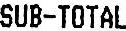
SUB-TOTAL